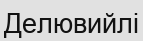
Делювийлі